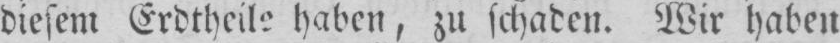
diesem Erdtheile haben, zu schaden. Wir haben